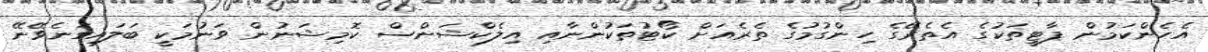
އެހެންކަމުން ޕާޓީތަކުގެ އެތެރޭގެ ހިންގުމުގެ ތެރެއަށް ކޯޓުތަކުންނާއި އިލެކްޝަންސް ކޮމިޝަނުން ވަނުމަކީ ބަލައިގަނެވޭނޭ